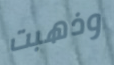
وذهبت